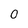
Character: 0